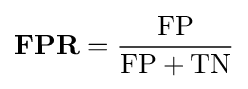
{\boldsymbol {\mathrm {FPR} }}={\frac {\mathrm {FP} }{\mathrm {FP} +\mathrm {TN} }}